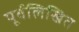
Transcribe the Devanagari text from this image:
पूर्वलिखित